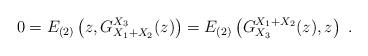
LaTeX: \begin{align*}0=E_{(2)}\left(z,G_{X_1+X_2}^{X_3}(z)\right)=E_{(2)}\left(G_{X_3}^{X_1+X_2}(z),z\right)\ .\end{align*}